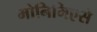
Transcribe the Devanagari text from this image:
मोनिमिएसे